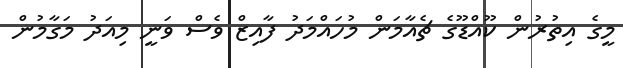
މީގެ އިތުރުން ކޫއްޑޫގެ ޗެއާމަން މުހައްމަދު ފާއިޒް ވެސް ވަނީ މިއަދު މަގާމުން